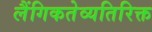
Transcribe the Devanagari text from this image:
लैंगिकतेव्यतिरिक्त